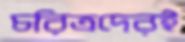
চরিত্রদেরই